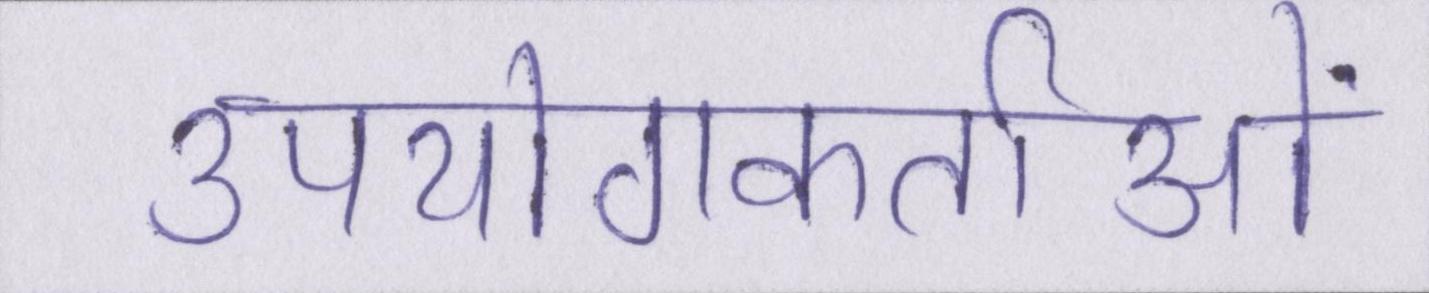
उपयोगकर्ताओं